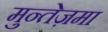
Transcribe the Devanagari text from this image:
मुन्तेज़मा